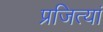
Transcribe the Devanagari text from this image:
प्रजित्यां